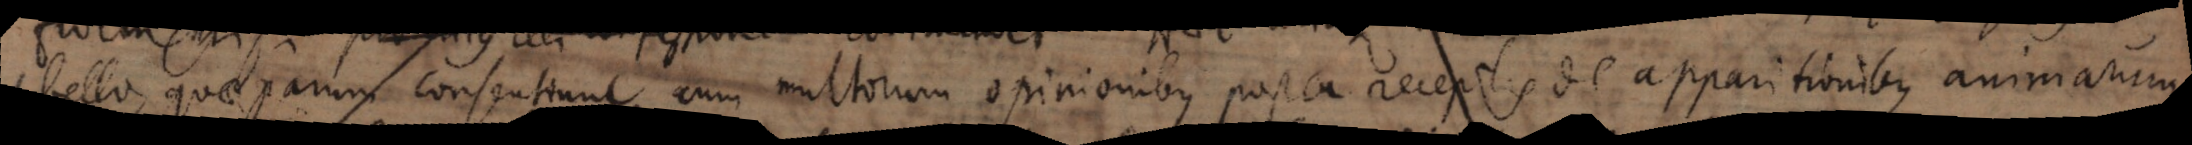
libello, quae parum consentiunt cum multorum opinionibus postea receptis de apparitionibus animarum